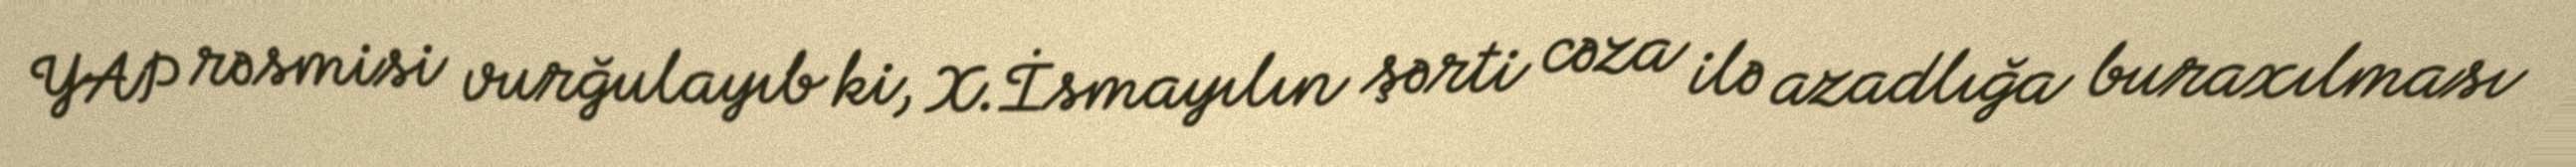
YAP rəsmisi vurğulayıb ki, X.İsmayılın şərti cəza ilə azadlığa buraxılması